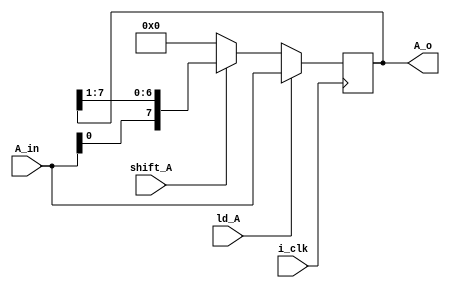
module Shift_Reg_a( A_in , A_o , i_clk , ld_A , shift_A  );
parameter N = 8;
input i_clk ;
input [N-1:0] A_in ;
input ld_A ;
input shift_A ;
output reg [N-1:0] A_o ;

always @ (posedge i_clk )
begin
 if (ld_A)
  begin
   A_o <= A_in ;
   end
          else if (shift_A)
     begin
      A_o <= {A_in, A_o[7:1]} ;      //shift right///
       end
       else
         begin
       A_o <= 8'b0000_0000;
       end
       end
   
endmodule